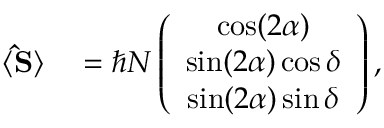
\begin{array} { r l } { \langle { \bf \hat { S } } \rangle } & { { } = \hbar N \left( \begin{array} { c } { \cos ( 2 \alpha ) } \\ { \sin ( 2 \alpha ) \cos \delta } \\ { \sin ( 2 \alpha ) \sin \delta } \end{array} \right) , } \end{array}